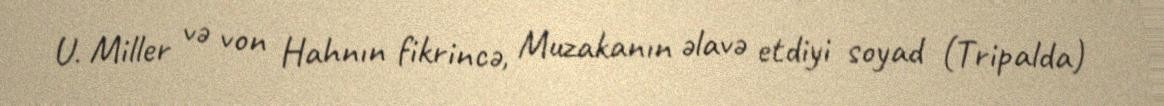
U. Miller və von Hahnın fikrincə, Muzakanın əlavə etdiyi soyad (Tripalda)